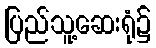
ပြည်သူ့ဆေးရုံ၌